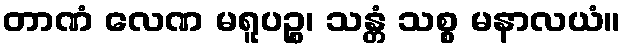
တာဏံ လေဏ မရူပဉ္စ၊ သန္တံ သစ္စ မနာလယံ။